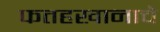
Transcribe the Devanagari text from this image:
फतहखानाचे